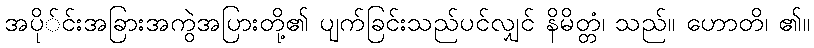
အပို်င်းအခြားအကွဲအပြားတို့၏ ပျက်ခြင်းသည်ပင်လျှင် နိမိတ္တံ၊ သည်။ ဟောတိ၊ ၏။